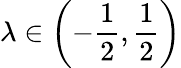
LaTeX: \lambda\in\left(-\frac{1}{2},\frac{1}{2}\right)